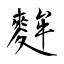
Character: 麰